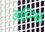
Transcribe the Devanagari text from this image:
आम्न्त्रित